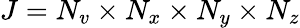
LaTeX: J=N_{v}\times N_{x}\times N_{y}\times N_{z}